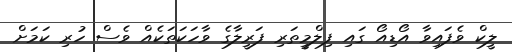
ލީކް ވެފައިވާ އޯޑިއޯ ގައި ފިލްމީތަރި ފަރީލާގެ ވާހަކަތަކެއް ވެސް ހުރި ކަމަށް